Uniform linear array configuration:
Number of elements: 8
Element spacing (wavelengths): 1
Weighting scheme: uniform
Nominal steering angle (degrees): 15
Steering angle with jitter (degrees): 16.212
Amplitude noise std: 0.05
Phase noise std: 0.05

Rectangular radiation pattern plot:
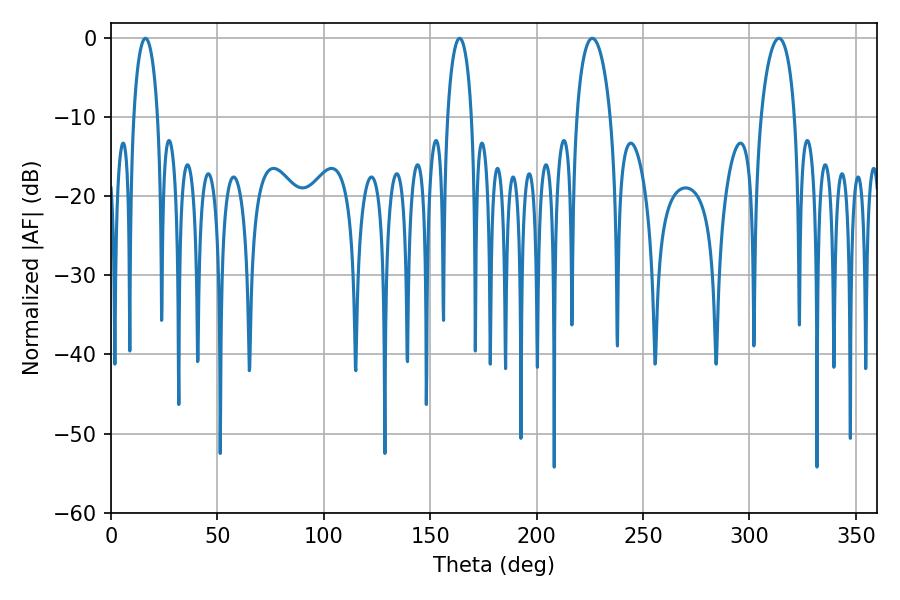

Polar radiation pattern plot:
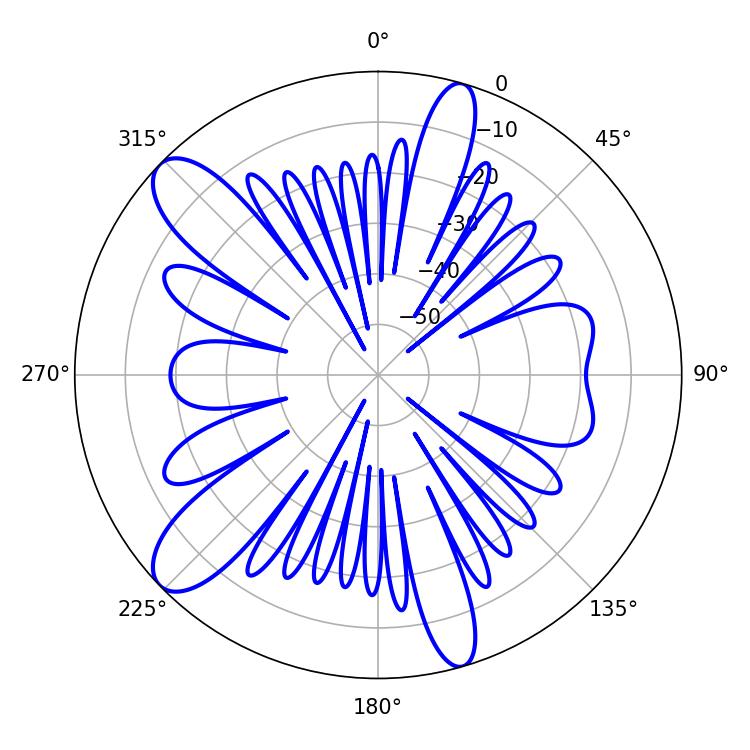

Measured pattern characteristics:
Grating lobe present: TRUE
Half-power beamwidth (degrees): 6.48
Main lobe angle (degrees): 16.2